Civil Veterinary Dept. Bombay admin report 1893-99 - 1893-1899
Year: 1893
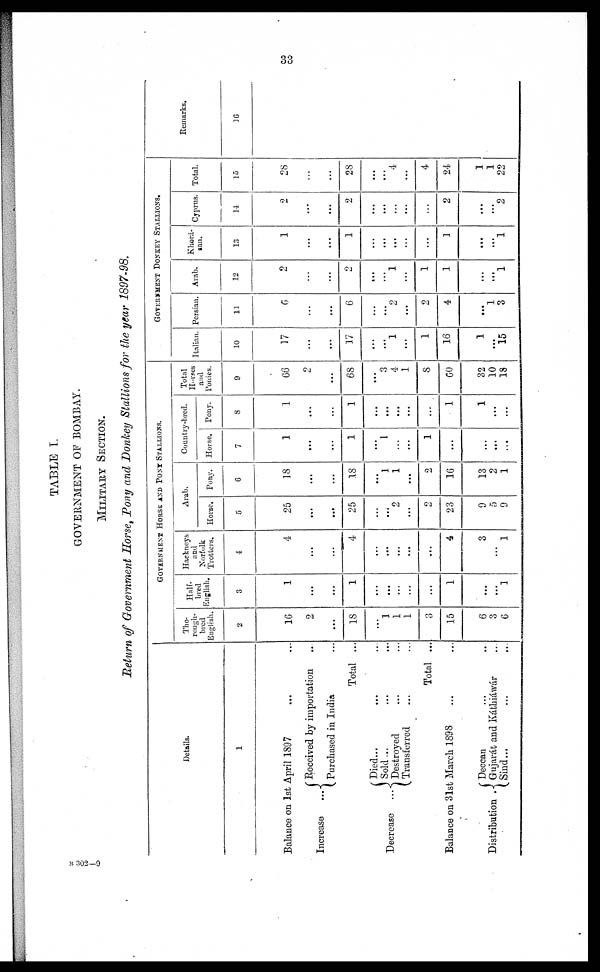
33
TABLE I.
GOVERNMENT OF BOMBAY.
MILITARY SECTION.
Return of Government Horse, Pony and Donkey Stallions for the year 1897-98.
Details.
1
Balance on 1st April 1897 ... ...
Increase
...
Received by importation ...
Purchased in India ...
Total ...
Decrease ...
Died ... ...
Sold ... ... ...
Destroyed
...
...
Transferred ... ...
Total ...
Balance on 31st March 1898 ... ...
Distribution .
Deccan ... ...
Gujarat and Káthiáwár ...
Sind... ... ...
GOVERNMENT HORSE AND PONY STALLIONS.
Tho-
rough-
bred
English.
2
16
2
...
18
...
1
1
1
3
15
6
3
6
Half-
bred
English.
3
1
...
...
1
...
...
...
...
...
1
...
...
1
Hackneys
and
Norfolk
Trotters.
4
4
...
...
4
...
...
...
...
...
4
3
...
1
Arab.
Horse.
5
25
...
...
25
...
...
2
...
2
23
9
5
9
Pony.
6
18
...
...
18
...
1
1
...
2
16
13
2
1
Country-bred.
Horse.
7
1
...
...
1
...
1
...
...
1
...
...
...
...
Pony.
8
1
...
...
1
...
...
...
...
...
1
1
...
...
Total
Horses
and
Ponies.
9
66
2
...
68
...
3
4
1
8
32
32
10
18
GOVERNMENT DONKEY
STALLIONS.
Italian.
10
17
...
...
17
...
...
1
...
1
16
1
...
15
Persian.
11
6
...
...
6
...
...
2
...
2
4
...
1
3
Arab.
12
2
...
...
2
...
...
1
...
1
1
...
...
1
Khorá-
san.
13
1
...
...
1
...
...
...
...
...
1
...
...
1
Cyprus.
14
2
...
...
2
...
...
...
...
...
2
...
...
2
Total.
15
28
...
...
28
...
...
4
...
4
24
1
1
22
Remarks.
16
B 302—9